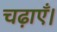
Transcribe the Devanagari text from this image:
चढ़ाएँ।